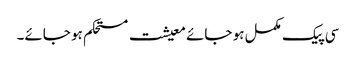
سی پیک مکمل ہو جائے معیشت مستحکم ہو جائے۔